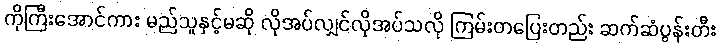
ကိုကြီးအောင်ကား မည်သူနှင့်မဆို လိုအပ်လျှင်လိုအပ်သလို ကြမ်းတပြေးတည်း ဆက်ဆံပွန်းတီး